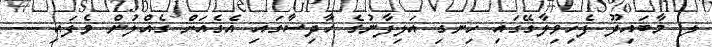
ލ. މާބައިދޫ ފެހިވިލާގޭގައި ހިނގި އަލިފާނުގެ ހާދިސާގައި އެގެއަށް ގެއްލުން ވެފައި ---